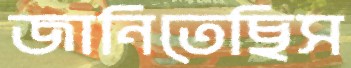
জানিতেছিস